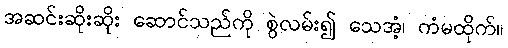
အဆင်းဆိုးဆိုး ဆောင်သည်ကို စွဲလမ်း၍ သေအံ့၊ ကံမထိုက်။